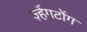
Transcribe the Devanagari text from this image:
ज़्हेंगटोंग